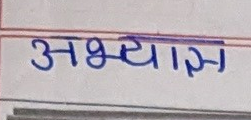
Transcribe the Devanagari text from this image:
अभ्यास